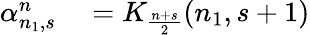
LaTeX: \begin{array}{rl}{\alpha_{n_{1},s}^{n}}&{{}=K_{\frac{n+s}{2}}(n_{1},s+1)}\end{array}